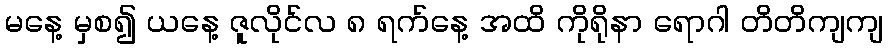
မနေ့ မှစ၍ ယနေ့ ဇူလိုင်လ ၈ ရက်နေ့ အထိ ကိုရိုနာ ရောဂါ တိတိကျကျ